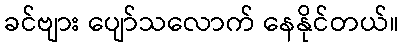
ခင်ဗျား ပျော်သလောက် နေနိုင်တယ်။